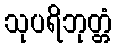
သုပရိဘုတ္တံ